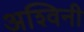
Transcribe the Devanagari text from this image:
अश्‍विनी